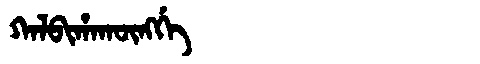
Manchu: ᡴᠠᠯᠪᡳᡥᠠᡴᡡᠩᡤᡝ
Romanization: KALBIHAKŪNGGE